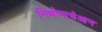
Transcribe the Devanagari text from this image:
निचोमाचेआन